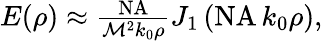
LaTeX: \begin{array}{r}{E(\rho)\approx\frac{\textrm{NA}}{\mathcal{M}^{2}k_{0}\rho}J_{1}\left(\textrm{NA}\, k_{0}\rho\right),}\end{array}